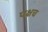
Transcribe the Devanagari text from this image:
पक्षच